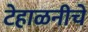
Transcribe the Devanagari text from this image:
टेहाळनीचे